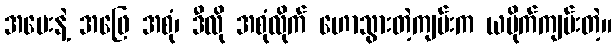
အမေးနဲ့ အဖြေ အစုံ၊ ဒီလို အစုံလိုက် ဟောသွားတဲ့ကျမ်းက ယမိုက်ကျမ်းတဲ့။